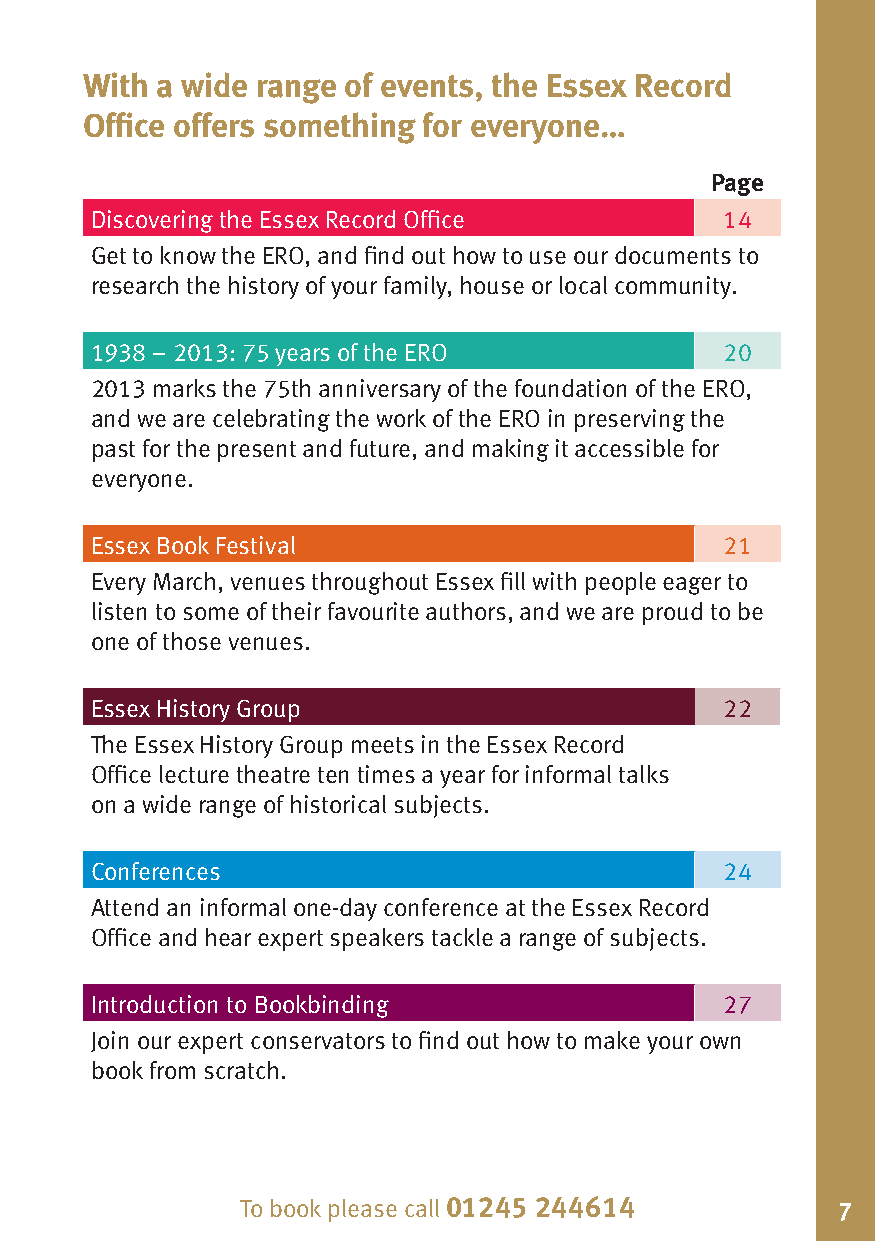
With a wide range of events, the Essex Record
 Office offers something for everyone…
 Page
 Discovering the Essex Record Office       14
 Get to know the ERO, and find out how to use our documents to
 research the history of your family, house or local community.
 1938 – 2013: 75 years of the ERO          20
 2013 marks the 75th anniversary of the foundation of the ERO,
 and we are celebrating the work of the ERO in preserving the
 past for the present and future, and making it accessible for
 everyone.
 Essex Book Festival                       21
 Every March, venues throughout Essex fill with people eager to
 listen to some of their favourite authors, and we are proud to be
 one of those venues.
 Essex History Group                       22
 The Essex History Group meets in the Essex Record
 Office lecture theatre ten times a year for informal talks
 on a wide range of historical subjects.
 Conferences                               24
 Attend an informal one-day conference at the Essex Record
 Office and hear expert speakers tackle a range of subjects.
 Introduction to Bookbinding               27
 Join our expert conservators to find out how to make your own
 book from scratch.
 To book please call 01245 244614 To book please call 01245 244614 7